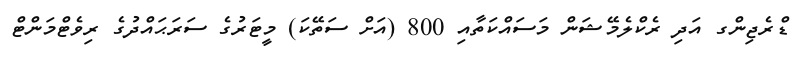
ޑްރެޖިންގ އަދި ރެކްލެމޭޝަން މަސައްކަތާއި 800 (އަށް ސަތޭކަ) މީޓަރުގެ ސަރަޙައްދުގެ ރިވެޓްމަންޓް